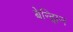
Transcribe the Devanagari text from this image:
बेन्झिन